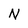
Character: N